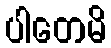
ပါတေမိ